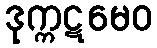
ဒုက္ကဋမေဝ